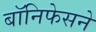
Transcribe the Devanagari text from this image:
बॉनिफेसने